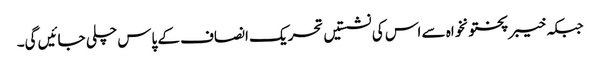
جبکہ خیبر پختونخواہ سے اس کی نشستیں تحریک انصاف کے پاس چلی جائیں گی۔